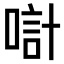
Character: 𠸥